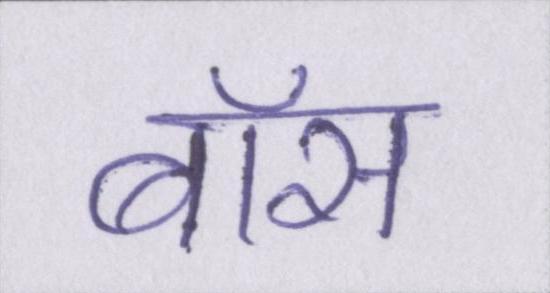
बॉस